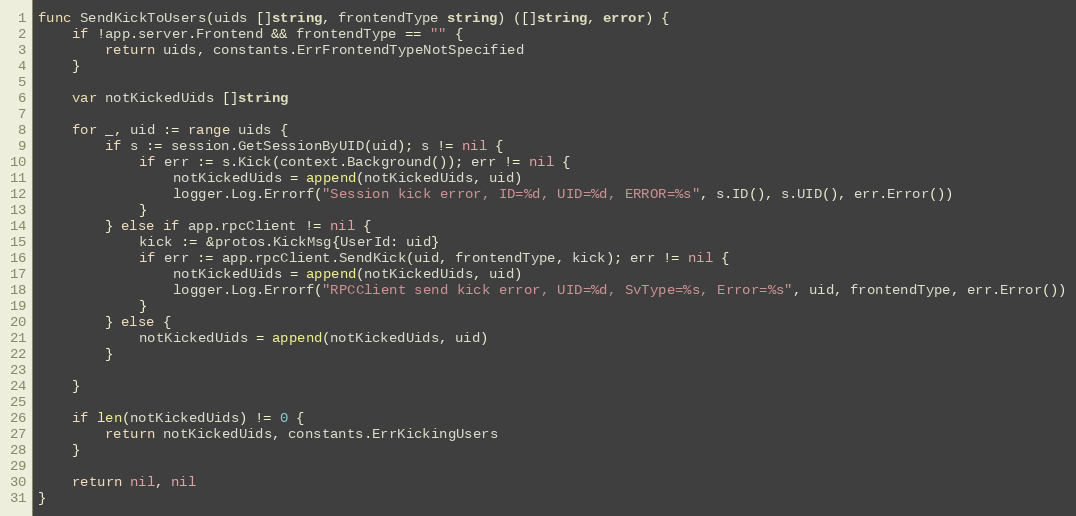
Language: Go
func SendKickToUsers(uids []string, frontendType string) ([]string, error) {
	if !app.server.Frontend && frontendType == "" {
		return uids, constants.ErrFrontendTypeNotSpecified
	}

	var notKickedUids []string

	for _, uid := range uids {
		if s := session.GetSessionByUID(uid); s != nil {
			if err := s.Kick(context.Background()); err != nil {
				notKickedUids = append(notKickedUids, uid)
				logger.Log.Errorf("Session kick error, ID=%d, UID=%d, ERROR=%s", s.ID(), s.UID(), err.Error())
			}
		} else if app.rpcClient != nil {
			kick := &protos.KickMsg{UserId: uid}
			if err := app.rpcClient.SendKick(uid, frontendType, kick); err != nil {
				notKickedUids = append(notKickedUids, uid)
				logger.Log.Errorf("RPCClient send kick error, UID=%d, SvType=%s, Error=%s", uid, frontendType, err.Error())
			}
		} else {
			notKickedUids = append(notKickedUids, uid)
		}

	}

	if len(notKickedUids) != 0 {
		return notKickedUids, constants.ErrKickingUsers
	}

	return nil, nil
}